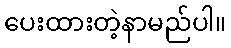
ပေးထားတဲ့နာမည်ပါ။